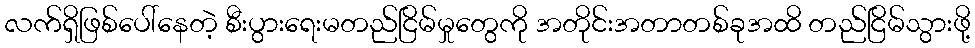
လက်ရှိဖြစ်ပေါ်နေတဲ့ စီးပွားရေးမတည်ငြိမ်မှုတွေကို အတိုင်းအတာတစ်ခုအထိ တည်ငြိမ်သွားဖို့